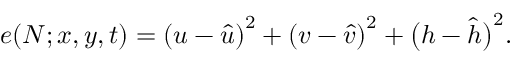
e ( N ; x , y , t ) = \left( u - \hat { u } \right) ^ { 2 } + \left( v - \hat { v } \right) ^ { 2 } + \bigl ( h - \hat { h } \bigr ) ^ { 2 } .